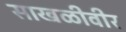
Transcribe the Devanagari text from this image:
साखळीवीर